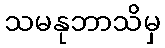
သမနုဘာသိမှ